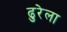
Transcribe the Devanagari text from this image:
ढुरेला